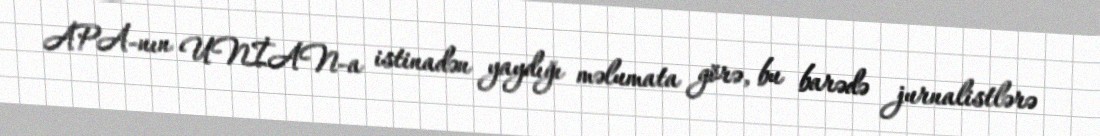
APA-nın UNİAN-a istinadən yaydığı məlumata görə, bu barədə jurnalistlərə